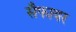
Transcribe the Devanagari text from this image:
सैफायर